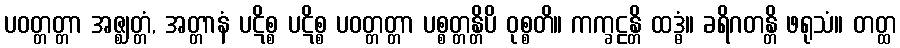
ပဝတ္တတ္တာ အဇ္ဈတ္တံ, အတ္တာနံ ပဋိစ္စ ပဋိစ္စ ပဝတ္တတ္တာ ပစ္စတ္တန္တိပိ ဝုစ္စတိ။ ကက္ခဠန္တိ ထဒ္ဓံ။ ခရိဂတန္တိ ဖရုသံ။ တတ္ထ